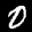
Label: 0